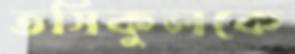
তসিকুলকে